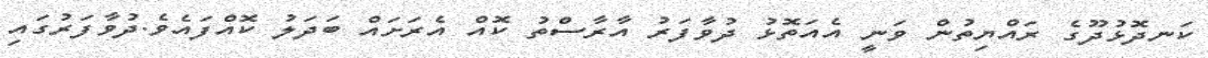
ކަނދޮޅުދޫގެ ރައްޔިތުން ވަނީ އެއަތޮޅު ދުވާފަރު އާރާސްތު ކޮއް އެރަށައް ބަދަލު ކޮއްފައެވެ.ދުވާފަރުގައި